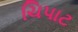
ચિપાટ